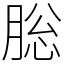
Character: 䐋